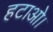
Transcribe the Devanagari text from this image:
हटाओ।